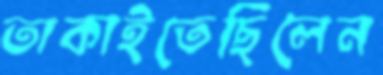
তাকাইতেছিলেন